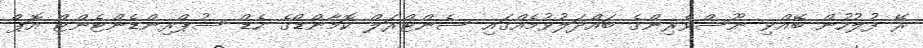
ރޭ ފުލުހުން ބޭއްވި ނޫސްވެރިންގެ ބައްދަލުވުމެއްގައި ސެންޓްރަލް ކޮމާންޑްގެ ހެޑް ސުޕްރިންޑެންޓެންޓް އޮޕް